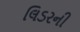
લિડરની